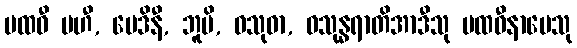
ပထဝီ မဟီ, မေဒိနီ, ဘူမိ, ဝသုဓာ, ဝသုန္ဓရာတိအာဒီသု ပထဝီနာမေသု